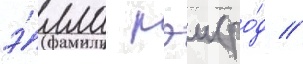
э́лла рэи (ро́д //